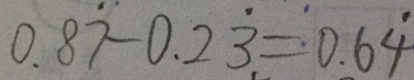
0 . 8 \dot { 7 } - 0 . 2 \dot { 3 } = 0 . 6 \dot { 4 }